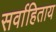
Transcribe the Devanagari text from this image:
सर्वाहिताय